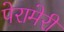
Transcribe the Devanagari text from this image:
पेरामेरी